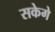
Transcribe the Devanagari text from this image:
सकेगे